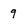
Character: 9